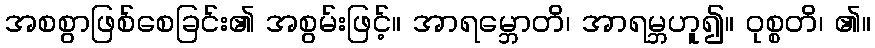
အစစွာဖြစ်စေခြင်း၏ အစွမ်းဖြင့်။ အာရမ္ဘောတိ၊ အာရမ္ဘဟူ၍။ ဝုစ္စတိ၊ ၏။